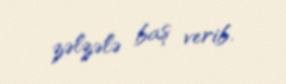
zəlzələ baş verib.